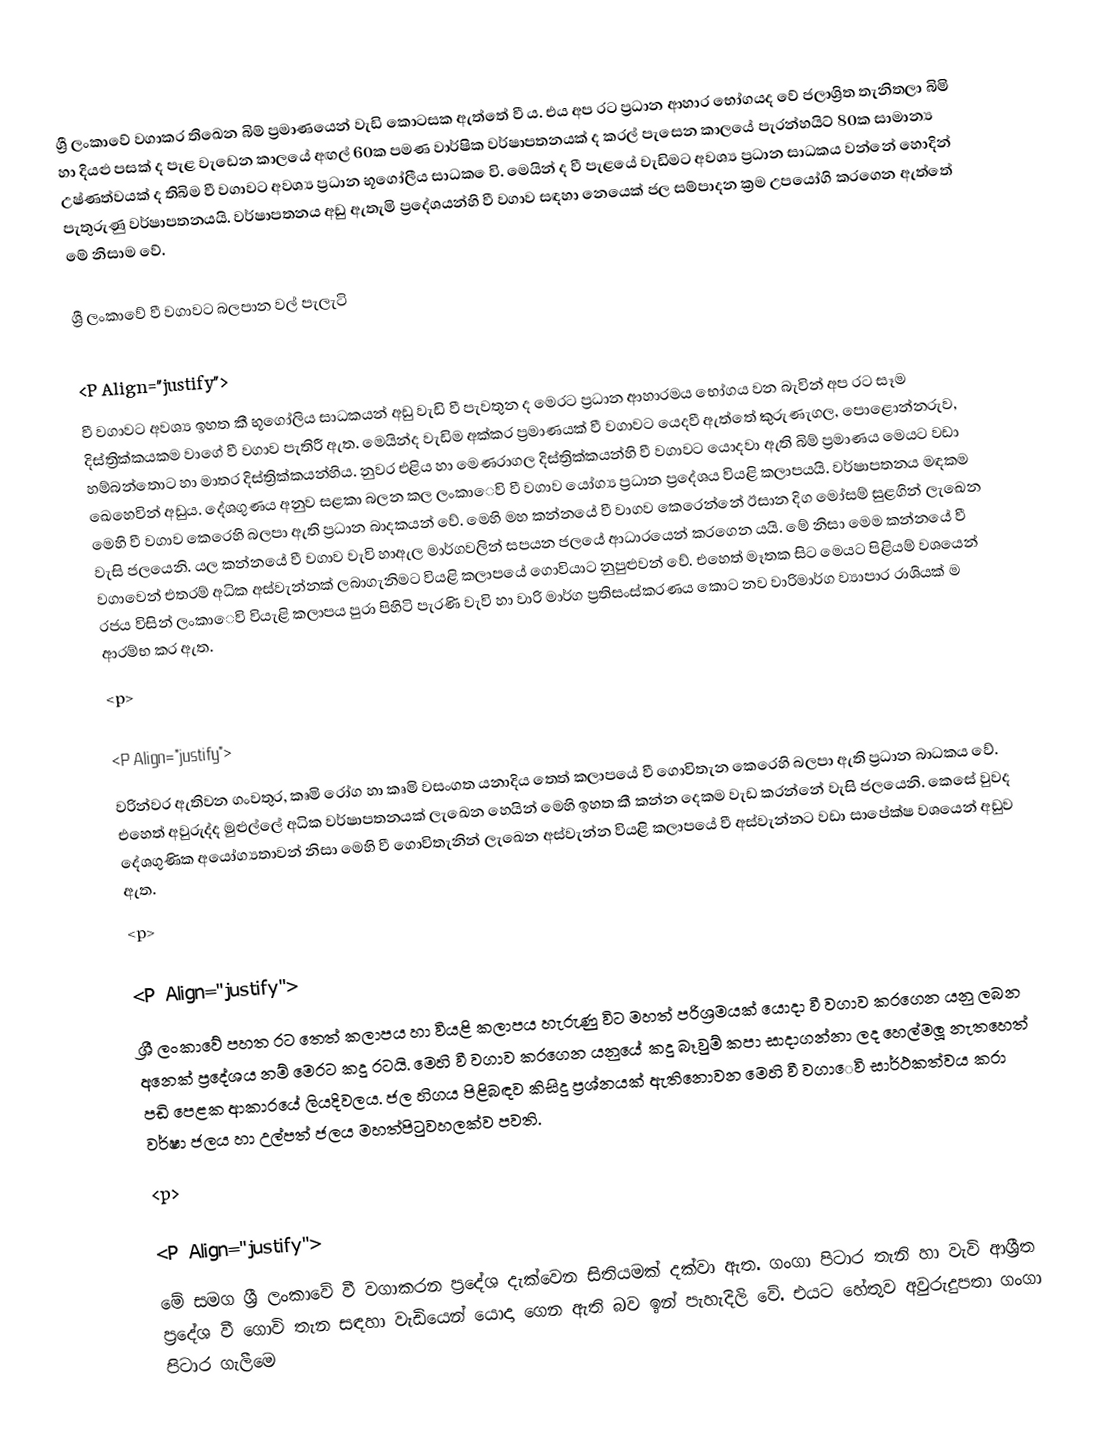
ශ්‍රී ලංකාවේ වගාකර තිඛෙන බිම් ප්‍රමාණයෙන් වැඩි කොටසක ඇත්තේ වී ය. එය අප රට ප්‍රධාන ආහාර භෝගයද වේ ජලාශ්‍රිත තැනිතලා බිමි හා දියළු පසක් ද පැළ වැඩෙන කාලයේ අඟල් 60ක පමණ වාර්ෂික වර්ෂාපතනයක් ද කරල් පැසෙන කාලයේ පැරන්හයිට් 80ක සාමාන්‍ය උෂ්ණත්වයක් ද තිබිම වී වගාවට අවශ්‍ය ප්‍රධාන භූගෝලීය සාධක ෙවි. මෙයින් ද වී පැළයේ වැඩිමට අවශ්‍ය ප්‍රධාන සාධකය වන්නේ හොදින් පැතුරුණු වර්ෂාපතනයයි. වර්ෂාපතනය අඩු ඇතැමි ප්‍රදේශයන්හි වී වගාව සඳහා නෙයෙක් ජල සම්පාදන ක්‍රම උපයෝගි කරගෙන ඇත්තේ මේ නිසාම වේ.

ශ්‍රී ලංකාවේ වී වගාවට බලපාන වල් පැලැටි

<P Align="justify">
	වී වගාවට අවශ්‍ය ඉහත කී භූගෝලිය සාධකයන් අඩු වැඩි වී පැවතුන ද මෙරට ප්‍රධාන ආහාරමය භෝගය වන බැවින් අප රට සෑම දිස්ත්‍රික්කයකම වාගේ වී වගාව පැතිරී ඇත. මෙයින්ද වැඩිම අක්කර ප්‍රමාණයක් වී වගාවට යෙදවී ඇත්තේ කුරුණැගල, පොළොන්නරුව, හම්බන්තොට හා මාතර දිස්ත්‍රික්කයන්හිය. නුවර එළිය හා මෙණරාගල දිස්ත්‍රික්කයන්හි වී වගාවට යොදවා ඇති බිම් ප්‍රමාණය මෙයට වඩා ඛෙහෙවින් අඩුය. දේශගුණය අනුව සළකා බලන කල ලංකාෙවි වී වගාව යෝග්‍ය ප්‍රධාන ප්‍රදේශය වියළි කලාපයයි. වර්ෂාපතනය මඳකම මෙහි වී වගාව කෙරෙහි බලපා ඇති ප්‍රධාන බාදකයන් වේ. මෙහි මහ කන්නයේ වී වාගව කෙරෙන්නේ ඊසාන දිග මෝසම් සුළගින් ලැඛෙන වැසි ජලයෙනි. යල කන්නයේ වී වගාව වැවි හාඇල මාර්ගවලින් සපයන ජලයේ ආධාරයෙන් කරගෙන යයි. මේ නිසා මෙම කන්නයේ වී වගාවෙන් එතරම් අධික අස්වැන්නක් ලබාගැනිමට වියළි කලාපයේ ගොවියාට නුපුළුවන් වේ. එහෙත් මෑතක සිට මෙයට පිළියම් වශයෙන් රජය විසින් ලංකාෙවි වියැළි කලාපය පුරා පිහිටි පැරණි වැවි හා වාරි මාර්ග ප්‍රතිසංස්කරණය කොට නව වාරිමාර්ග ව්‍යාපාර රාශියක් ම ආරම්භ කර ඇත.
<p>

<P Align="justify">
	වරින්වර ඇතිවන ගංවතුර, කෘමි රෝග හා කෘමි වසංගත යනාදිය තෙත් කලාපයේ වී ගොවිතැන කෙරෙහි බලපා ඇති ප්‍රධාන බාධකය වේ. එහෙත් අවුරුද්ද මුළුල්ලේ අධික වර්ෂාපතනයක් ලැඛෙන හෙයින් මෙහි ඉහත කී කන්න දෙකම වැඩ කරන්නේ වැසි ජලයෙනි. කෙසේ වුවද දේශගුණික අයෝග්‍යතාවන් නිසා මෙහි වී ගොවිතැනින් ලැඛෙන අස්වැන්න වියළි කලාපයේ වී අස්වැන්නට වඩා සාපේක්ෂ වශයෙන් අඩුව ඇත.
<p>

<P Align="justify">
	ශ්‍රී ලංකාවේ පහත රට තෙත් කලාපය හා වියළි කලාපය හැරුණු විට මහත් පරිශ්‍රමයක් යොදා වී වගාව කරගෙන යනු ලබන අනෙක් ප්‍රදේශය නම් මෙරට කදු රටයි. මෙහි වී වගාව කරගෙන යනුයේ කදු බෑවුම් කපා සාදාගන්නා ලද හෙල්මලූ නැතහෙත් පඩි පෙළක ආකාරයේ ලියදිවලය. ජල හිගය පිළිබඳව කිසිදු ප්‍රශ්නයක් ඇතිනොවන මෙහි වී වගාෙවි සාර්ථකත්වය කරා වර්ෂා ජලය හා උල්පත් ජලය මහත්පිටුවහලක්ව පවති.
<p>

<P Align="justify">
	මේ සමග ශ්‍රී ලංකාවේ වී වගාකරන ප්‍රදේශ දැක්වෙන සිතියමක් දක්වා ඇත. ගංගා පිටාර තැනි හා වැවි ආශ්‍රීත ප්‍රදේශ වී ගොවි තැන සඳහා වැඩියෙන් යොදා ගෙන ඇති බව ඉන් පැහැදිලි වේ. එයට හේතුව අවුරුදුපතා ගංගා පිටාර ගැලීමෙ